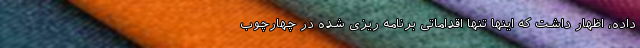
داده، اظهار داشت که اینها تنها اقداماتی برنامه ریزی شده در چهارچوب